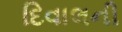
દિવાલની